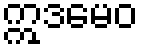
ဣဒမေဝ